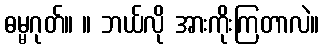
ဓမ္မဂုတ်။ ။ ဘယ်လို အားကိုးကြတာလဲ။